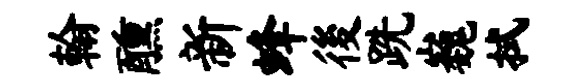
翰醺新蜂後跣巍拭